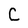
Character: C